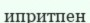
ипритпен